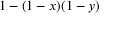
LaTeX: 1 - ( 1 - x ) ( 1 - y )